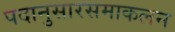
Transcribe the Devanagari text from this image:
पदानुसारसमाकलन